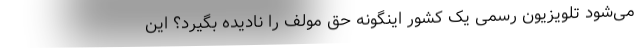
می‌شود تلویزیون رسمی یک کشور اینگونه حق‌ مولف را نادیده بگیرد؟ این